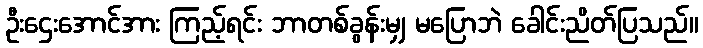
ဦးဌေးအောင်အား ကြည့်ရင်း ဘာတစ်ခွန်းမျှ မပြောဘဲ ခေါင်းညိတ်ပြသည်။